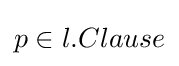
p\in l.Clause